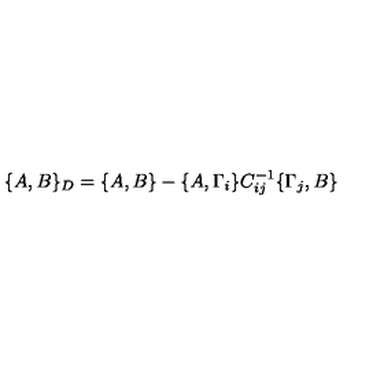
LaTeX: \{ A , B \} _ { D } = \{ A , B \} - \{ A , \Gamma _ { i } \} C _ { i j } ^ { - 1 } \{ \Gamma _ { j } , B \}